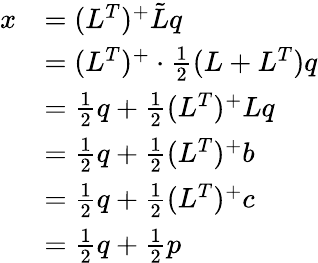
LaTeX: \begin{array}{rl}{x}&{=(L^{T})^{+}\tilde{L}q}\\ &{=(L^{T})^{+}\cdot\frac{1}{2}(L+L^{T})q}\\ &{=\frac{1}{2}q+\frac{1}{2}(L^{T})^{+}Lq}\\ &{=\frac{1}{2}q+\frac{1}{2}(L^{T})^{+}b}\\ &{=\frac{1}{2}q+\frac{1}{2}(L^{T})^{+}c}\\ &{=\frac{1}{2}q+\frac{1}{2}p}\end{array}